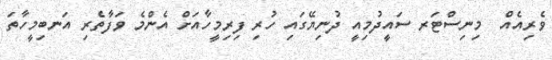
ވެރިއެއް  މިނިސްޓަރ ސައީދުމިއީ ދުނިޔޭގައި ހުރި ފިރިމީހާއަށް އެންމެ ވަފާތެރި އަނބިމީހާތަ